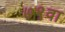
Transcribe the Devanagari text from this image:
७९वा